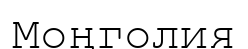
Моңголия